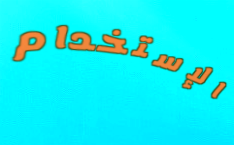
الإستخدام